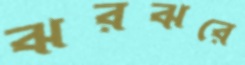
ঝরঝরে